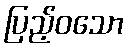
ပြည့်ဝသော